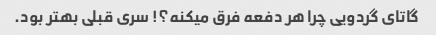
گاتاى گردویى چرا هر دفعه فرق میکنه؟! سرى قبلى بهتر بود.